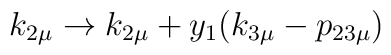
k_{2 \mu} \rightarrow k_{2 \mu} + y_1 (k_{3\mu} - p_{23\mu} )